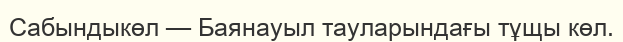
Сабындыкөл — Баянауыл тауларындағы тұщы көл.